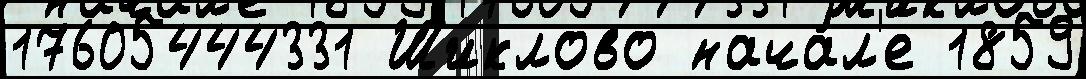
17605444331 Шиклово нача́л'е 1859